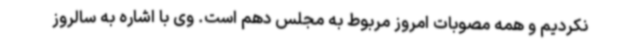
نکردیم و همه مصوبات امروز مربوط به مجلس دهم است. وی با اشاره به سالروز